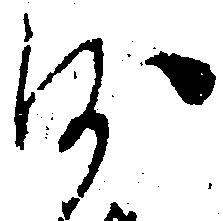
沙